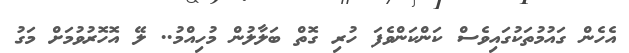
އެހެން ގައުމުތަކުގައިވެސް ކަންކަންވެފަ ހުރި ގޮތް ބަލާލުން މުހިއްމު.. ލޭ އޮހޮރުވުމަށް މަގު